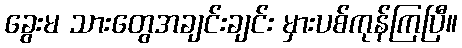
ခွေးမ သားတွေအချင်းချင်း မှားပစ်ကုန်ကြပြီ။